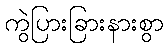
ကွဲပြားခြားနားစွာ